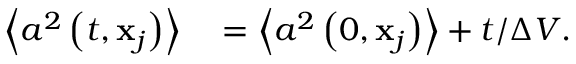
\begin{array} { r l } { \left\langle a ^ { 2 } \left( t , \mathbf { x } _ { j } \right) \right\rangle } & { { } = \left\langle a ^ { 2 } \left( 0 , \mathbf { x } _ { j } \right) \right\rangle + t / \Delta V . } \end{array}